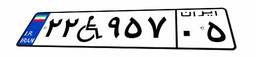
۷۶W۱۵۶۷۲